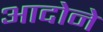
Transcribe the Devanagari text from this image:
आदोने